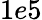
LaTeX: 1e5